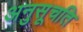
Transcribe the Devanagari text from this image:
अनुसूचति